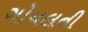
ગોયલની